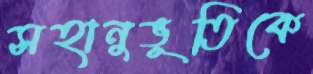
সহানুভূতিকে